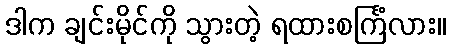
ဒါက ချင်းမိုင်ကို သွားတဲ့ ရထားစင်္ကြံလား။